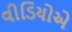
વીડિયોએ